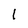
Character: l